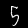
Label: 5